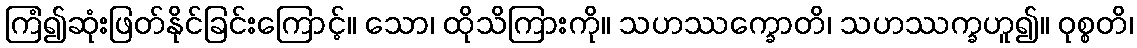
ကြံ၍ဆုံးဖြတ်နိုင်ခြင်းကြောင့်။ သော၊ ထိုသိကြားကို။ သဟဿက္ခောတိ၊ သဟဿက္ခဟူ၍။ ဝုစ္စတိ၊